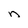
Character: n